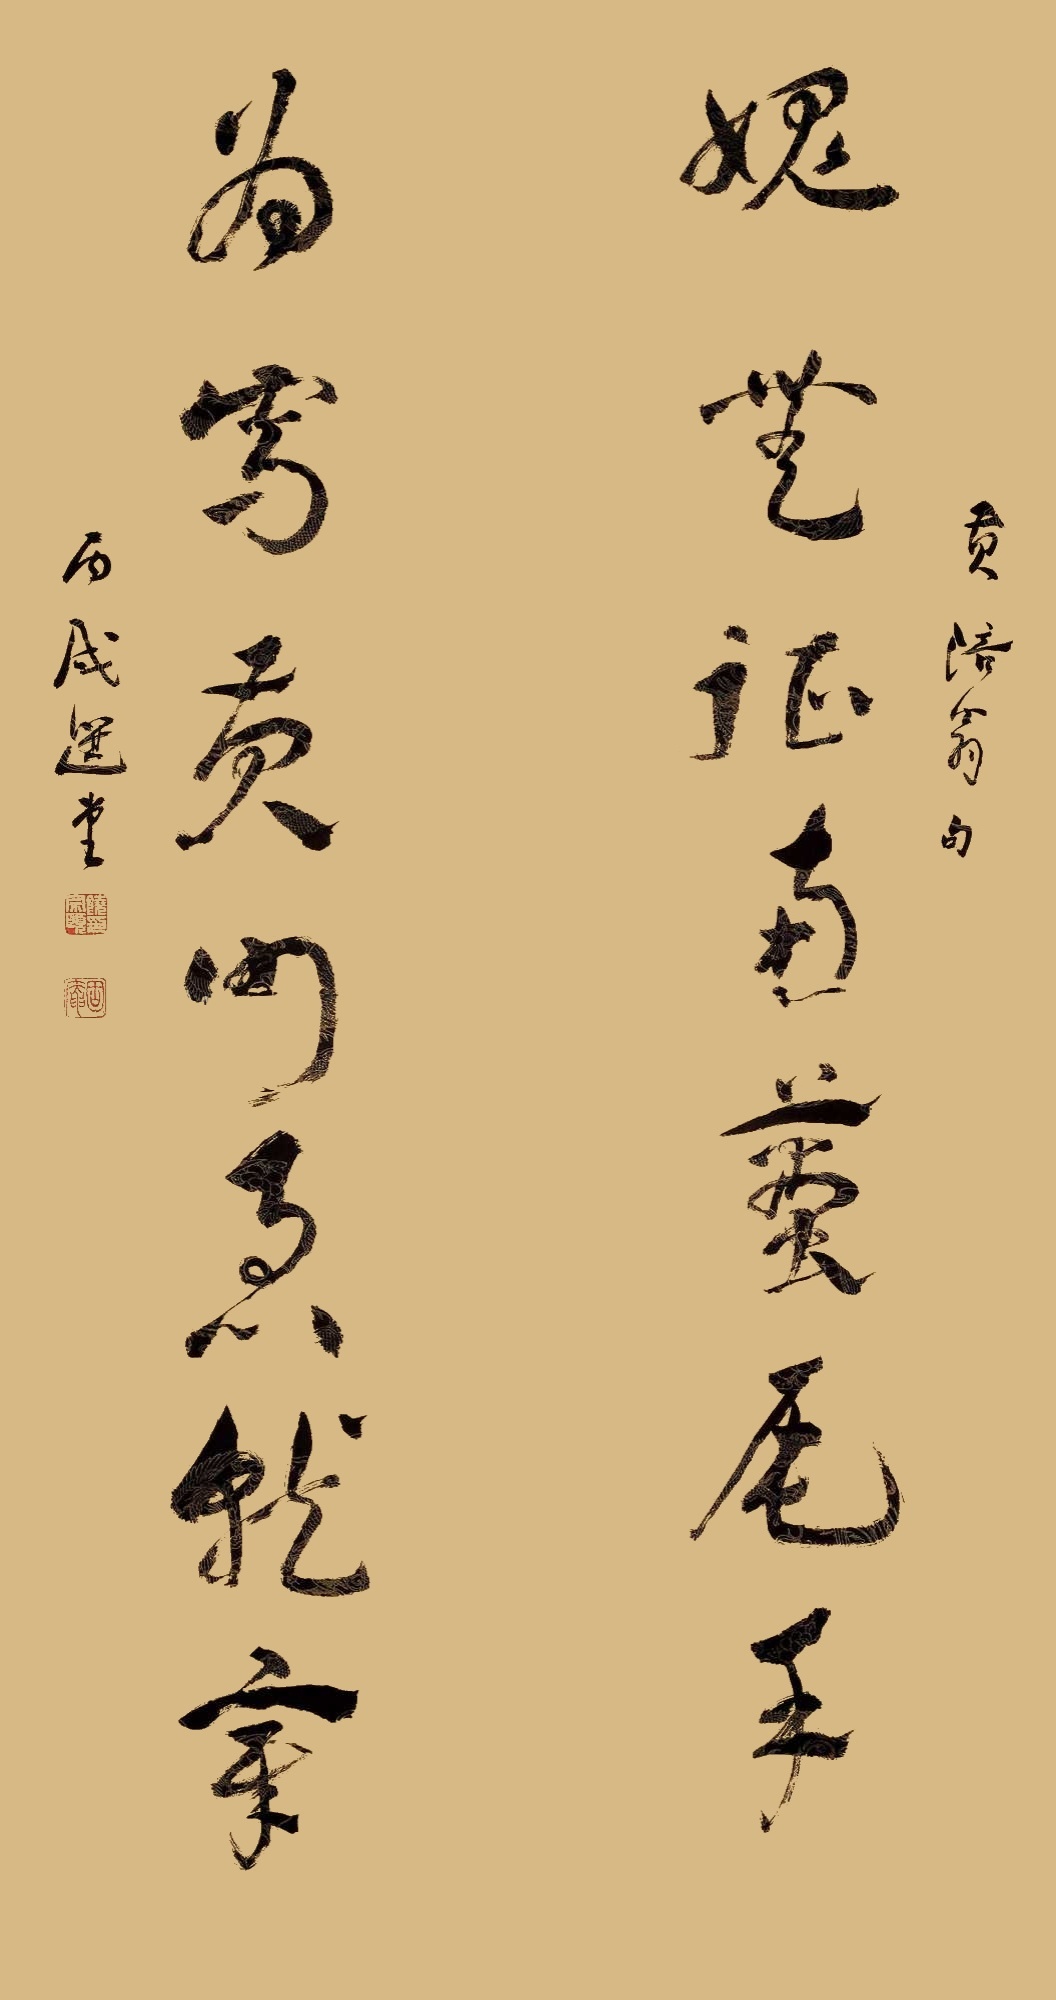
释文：愧无征南虿尾手，为写黄门急就章。黄涪翁句，丙戌，选堂。